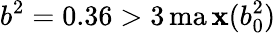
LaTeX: b^{2}=0.36>3\operatorname*{ma\mathbf{x}}(b_{0}^{2})